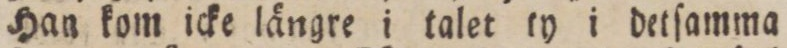
Han kom icke längre i talet ty i detſamma